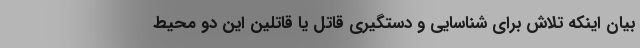
بیان اینکه تلاش برای شناسایی و دستگیری قاتل یا قاتلین این دو محیط